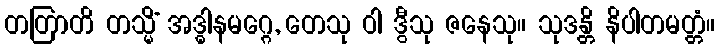
တတြာတိ တသ္မိံ အဒ္ဓါနမဂ္ဂေ, တေသု ဝါ ဒွီသု ဇနေသု။ သုဒန္တိ နိပါတမတ္တံ။